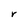
Character: r